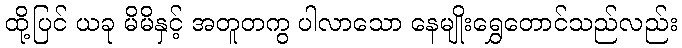
ထို့ပြင် ယခု မိမိနှင့် အတူတကွ ပါလာသော နေမျိုးရွှေတောင်သည်လည်း